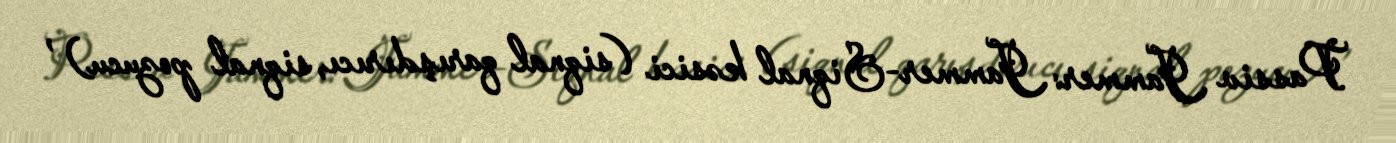
Passiv Jammer: Jammer-Siqnal kəsici (siqnal qarışdırıcı, siqnal pozucu) ,